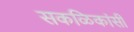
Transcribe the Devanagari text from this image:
सकळिकांसी